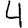
Digit: 4